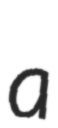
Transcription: a